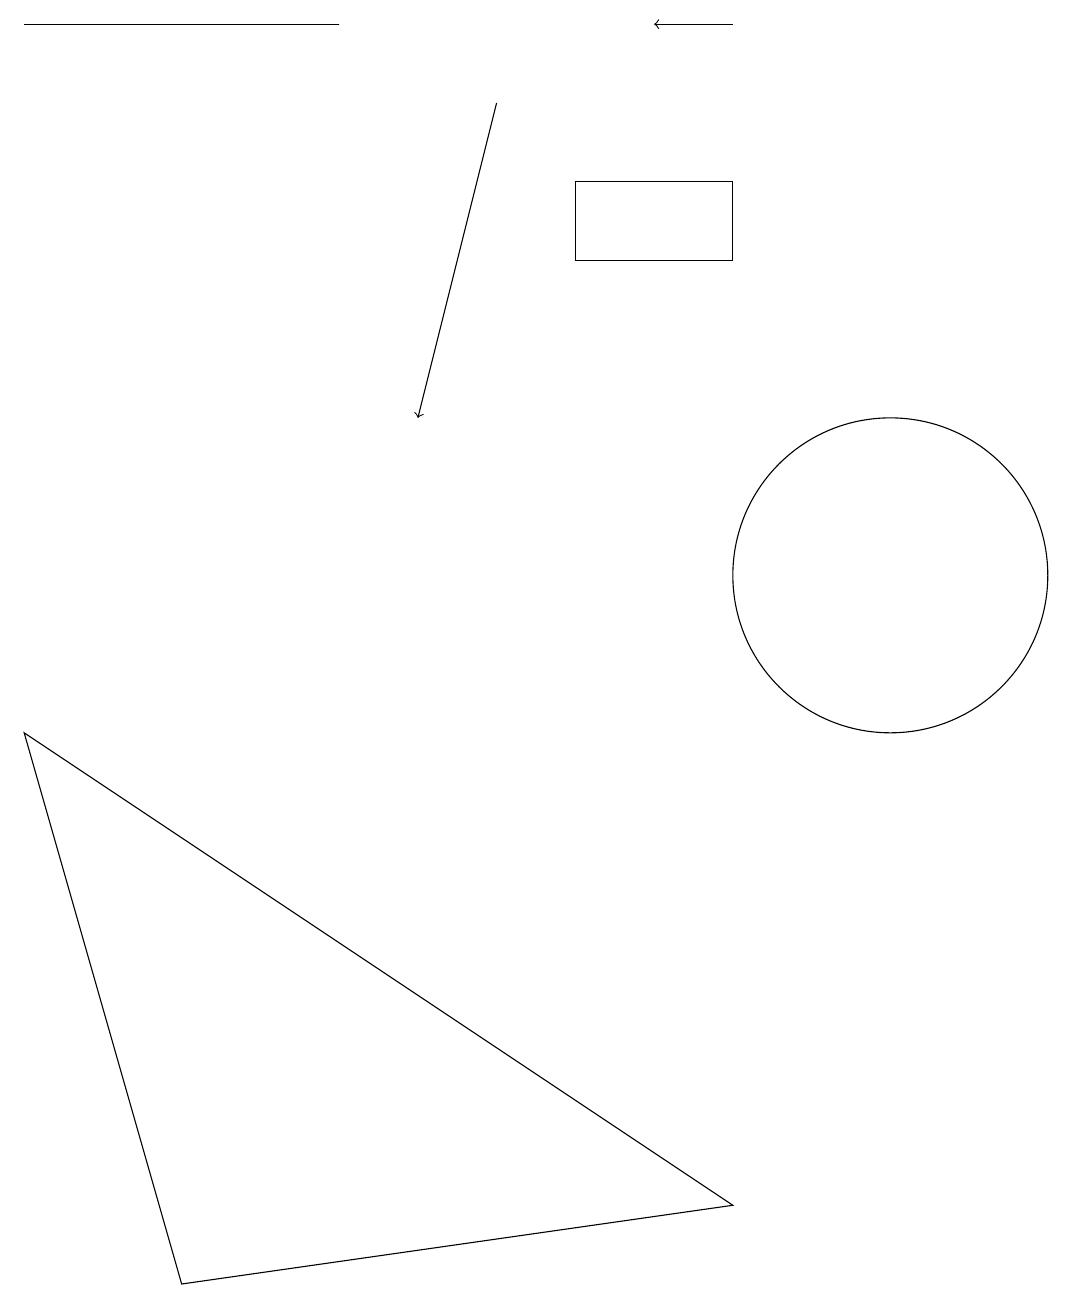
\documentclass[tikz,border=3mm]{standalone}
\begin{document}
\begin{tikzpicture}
\draw[->] (6,16) -- (5,12);
\draw (11,10) circle (2);
\draw[->] (9,17) -- (8,17);
\draw (4,17) rectangle (0,17);
\draw (9,15) rectangle (7,14);
\draw (2,1) -- (0,8) -- (9,2) -- cycle;
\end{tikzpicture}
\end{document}